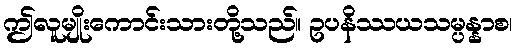
ဤလူမျိုးကောင်းသားတို့သည်။ ဥပနိဿယသမ္ပန္နာစ၊